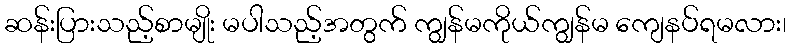
ဆန်းပြားသည့်စာမျိုး မပါသည့်အတွက် ကျွန်မကိုယ်ကျွန်မ ကျေနပ်ရမလား၊